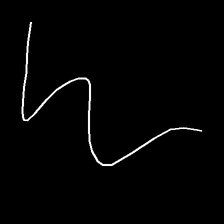
Glyph: crush